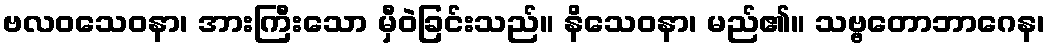
ဗလဝသေဝနာ၊ အားကြီးသော မှီဝဲခြင်းသည်။ နိသေဝနာ၊ မည်၏။ သဗ္ဗတောဘာဂေန၊